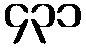
၄၃၁